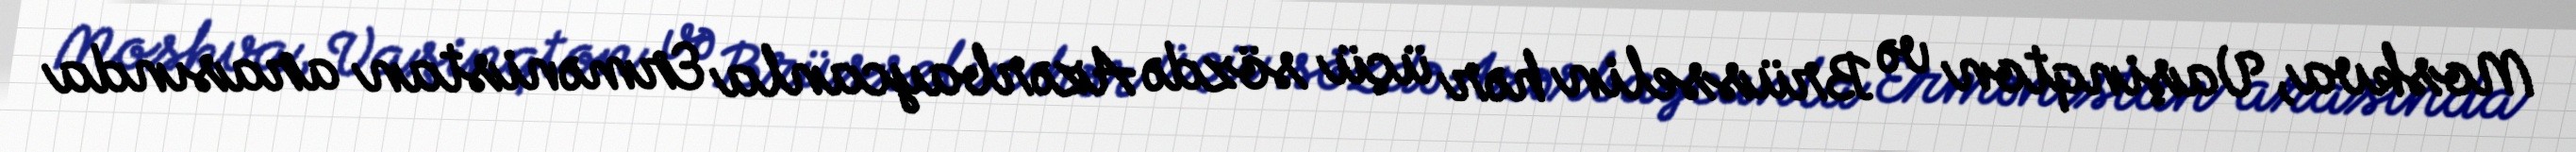
Moskva, Vaşinqton və Brüsselin hər üçü sözdə Azərbaycanla Ermənistan arasında